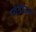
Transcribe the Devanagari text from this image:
ग्वेडीऊरा